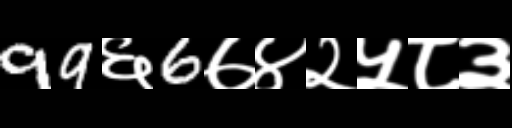
Text: 99६6७४२५८३